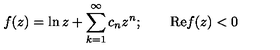
f ( z ) = \ln z + \sum _ { k = 1 } ^ { \infty } c _ { n } z ^ { n } ; \qquad \mathrm { R e } f ( z ) < 0